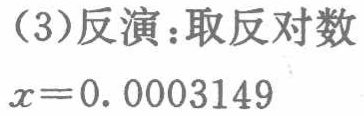
（3）反演：取反对数
\(x = 0.0003149\)